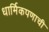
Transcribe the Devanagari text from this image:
धार्मिकपणाची